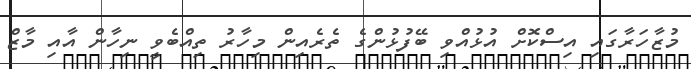
މުޒާހަރާގައި އިސްކޮށް އުޅުއްވި ބޭފުޅުންގެ ތެރެއިން މިހާރު ތިއްބެވީ ނިހާން އާއި މާޒް